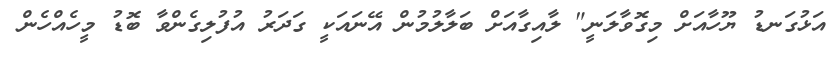
އަޅުގަނޑު ޔޫހާއަށް މިގޮވާލަނީ" ލާއިގާއަށް ބަލާލުމުން އޭނައަކީ ގަދަރު އުފުލިގެންވާ ބޮޑު މީހެއްހެން